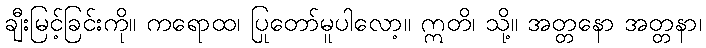
ချီးမြင့်ခြင်းကို။ ကရောထ၊ ပြုတော်မူပါလော့။ ဣတိ၊ သို့။ အတ္တနော အတ္တနာ၊